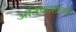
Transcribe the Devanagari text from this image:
अतिकालार्तव